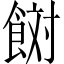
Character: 𩛜